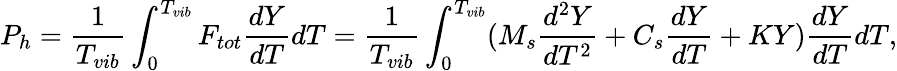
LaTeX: {P_{h}}=\frac{1}{{{T_{vib}}}}\int_{0}^{T_{vib}}{F_{tot}}\frac{{dY}}{{dT}}dT=\frac{1}{{{T_{vib}}}}\int_{0}^{T_{vib}}({M_{s}}\frac{{{d^{2}}Y}}{{d{T^{2}}}}+{C_{s}}\frac{{dY}}{{dT}}+KY)\frac{{dY}}{{dT}}dT,